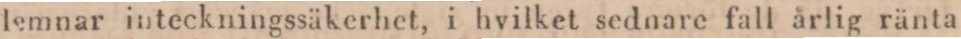
lemnar inteckningssäkerhet, i hvilket sednare fall årlig ränta